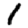
Digit: 1